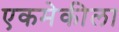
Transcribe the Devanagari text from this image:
एकमेकीला